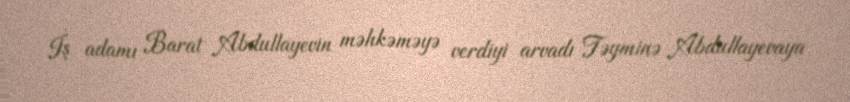
İş adamı Barat Abdullayevin məhkəməyə verdiyi arvadı Təyminə Abdullayevaya